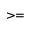
> =